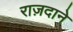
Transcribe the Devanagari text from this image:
राज़दाने